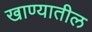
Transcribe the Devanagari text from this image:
खाण्यातील